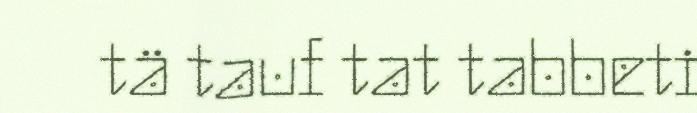
tä tauf tat tabbeti